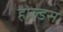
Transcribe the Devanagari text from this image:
होल्डस